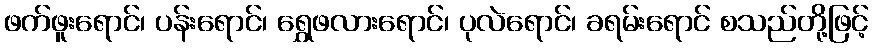
ဖက်ဖူးရောင်၊ ပန်းရောင်၊ ရွှေဖလားရောင်၊ ပုလဲရောင်၊ ခရမ်းရောင် စသည်တို့ဖြင့်